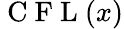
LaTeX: \mathrm{~C~F~L~}(x)